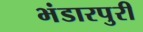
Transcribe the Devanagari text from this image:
भंडारपुरी